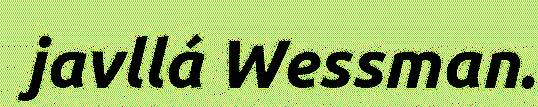
javllá Wessman.